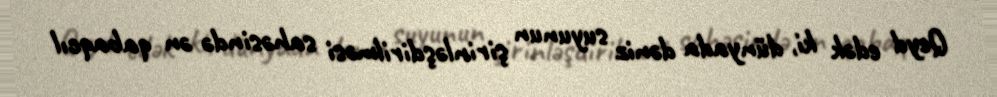
Qeyd edək ki, dünyada dəniz suyunun şirinləşdirilməsi sahəsində ən qabaqcıl